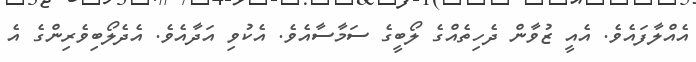
އެއްލާފައެވެ. އެއީ ޒުވާން ދެހިތެއްގެ ލޯބީގެ ސަމާސާއެވެ. އެކުވި އަދާއެވެ. އެދެލޯބިވެރިންގެ އެ